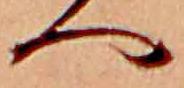
へ